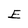
Character: E